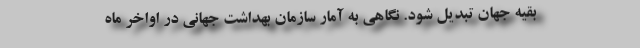
بقیه جهان تبدیل شود. نگاهی به آمار سازمان بهداشت جهانی در اواخر ماه